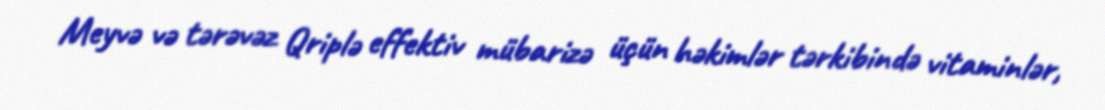
Meyvə və tərəvəz Qriplə effektiv mübarizə üçün həkimlər tərkibində vitaminlər,